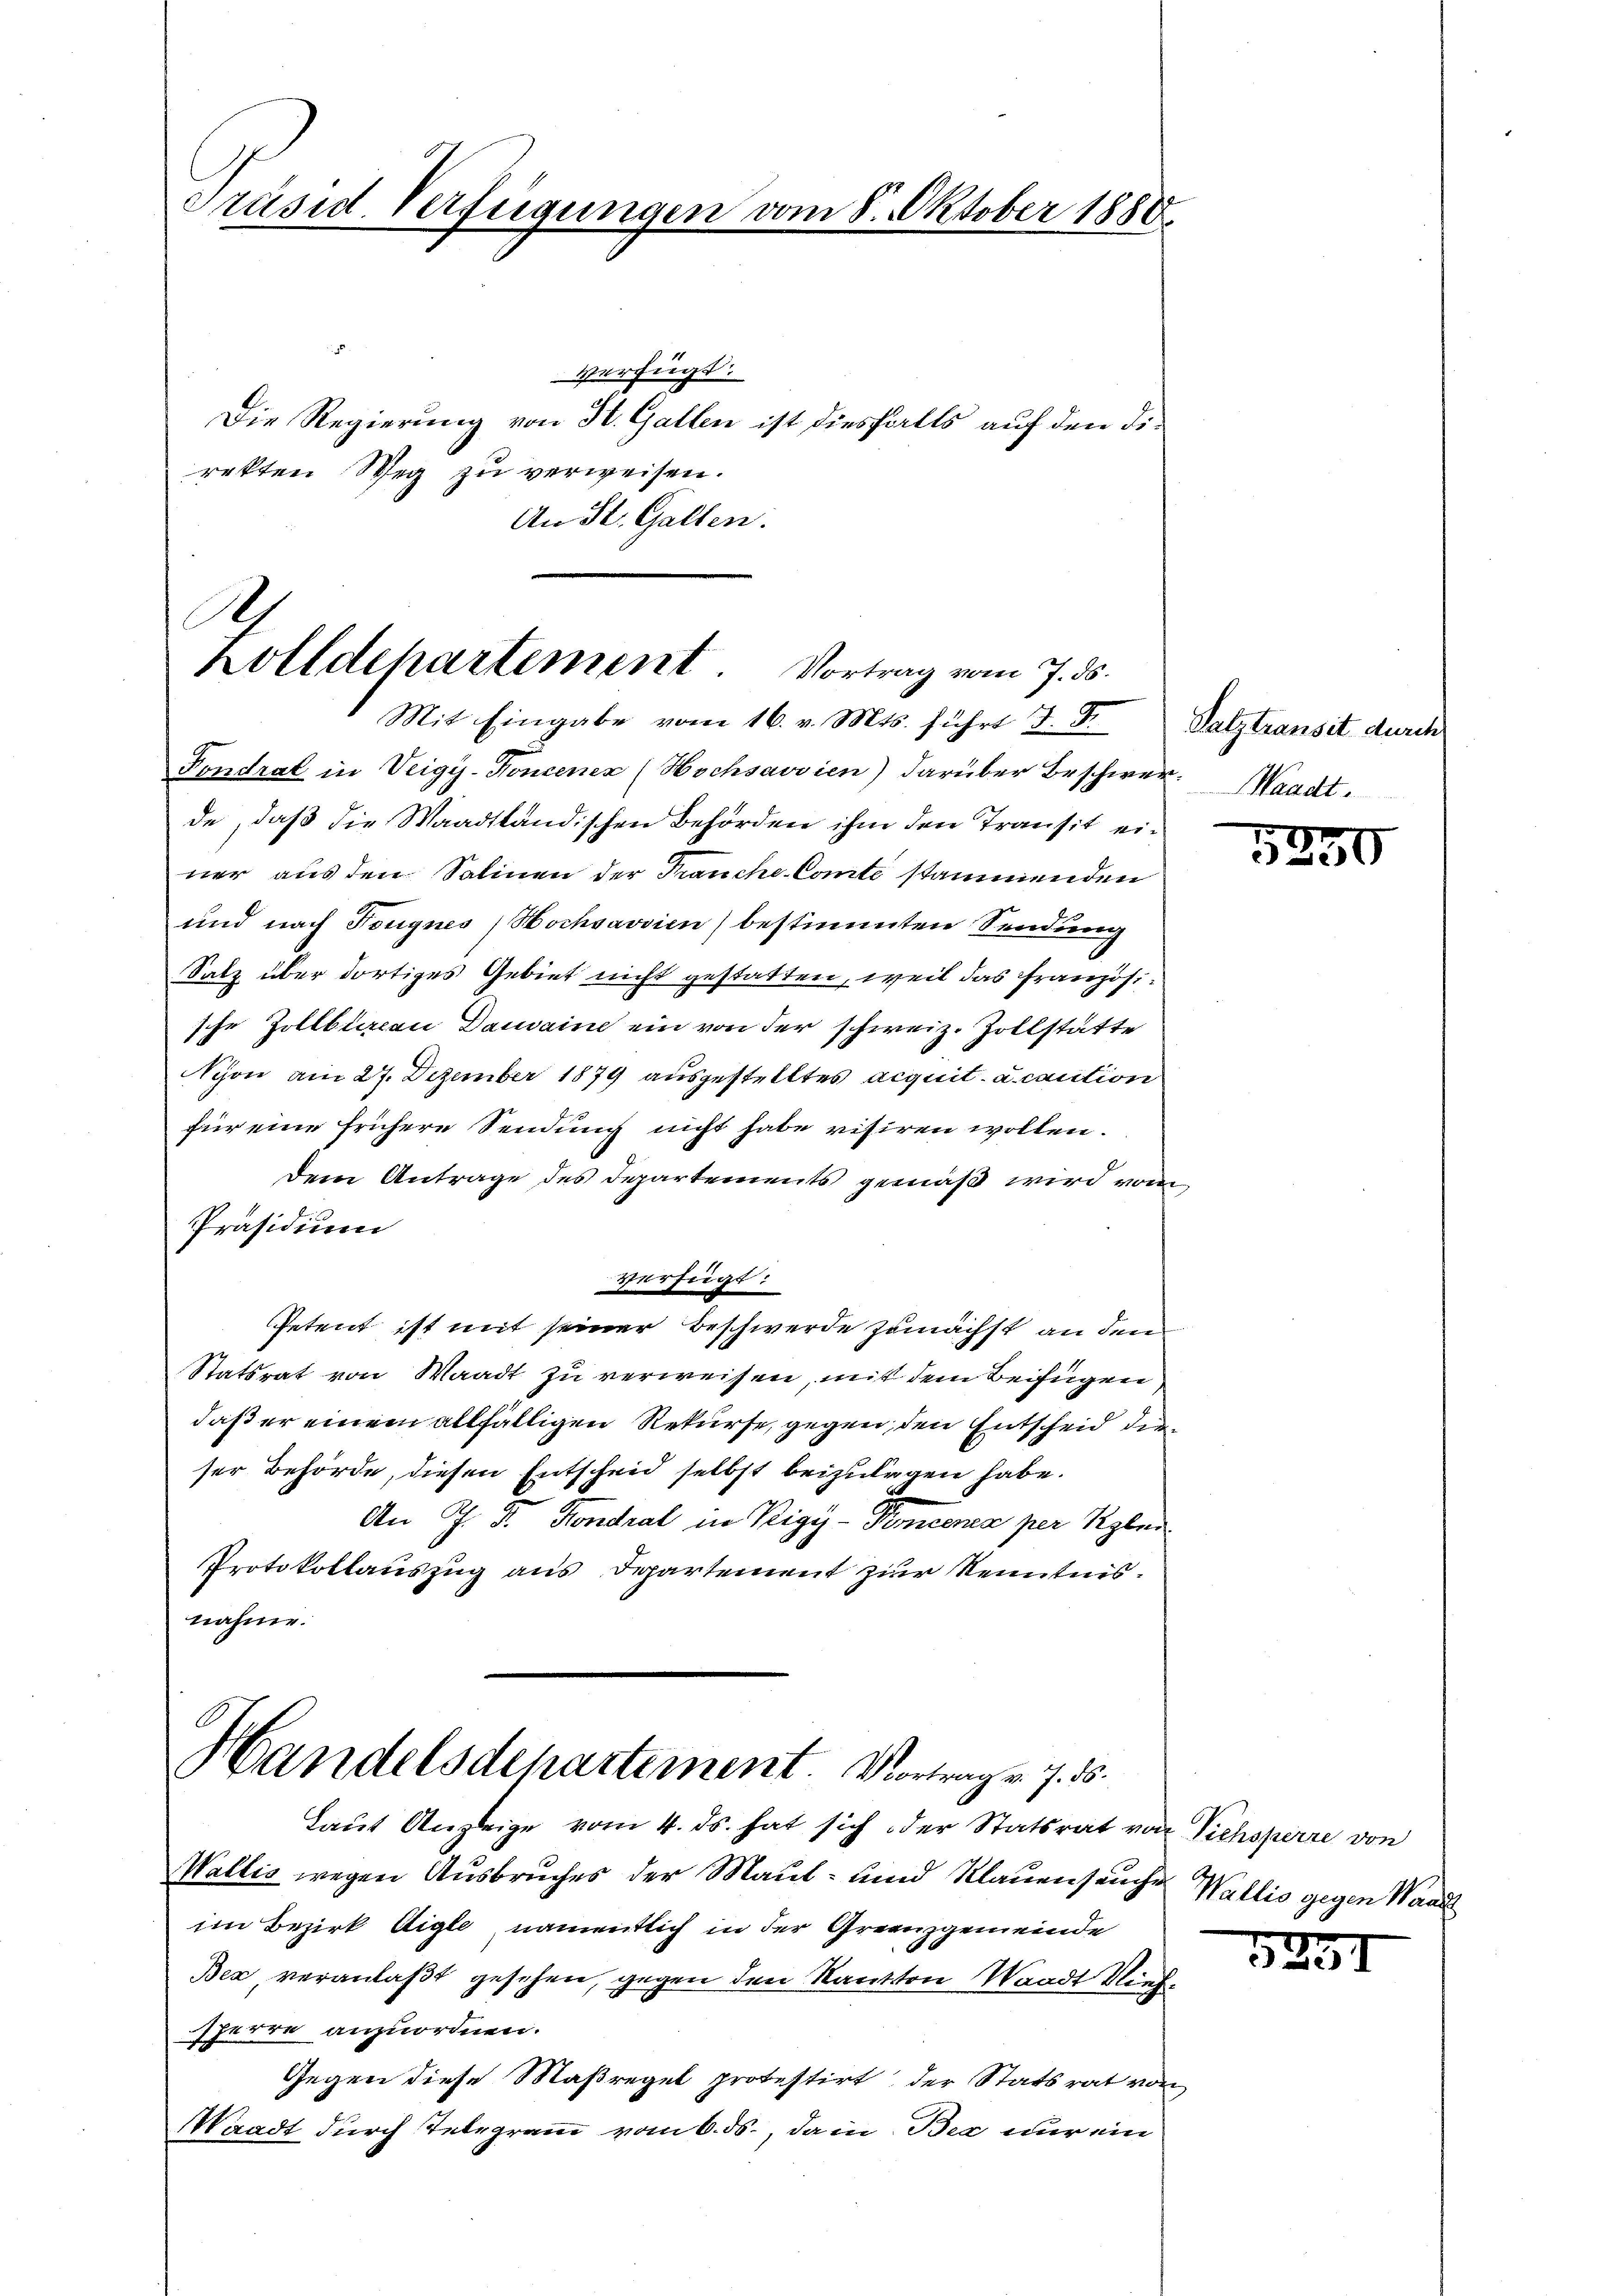
Präsid. Verfügungen vom 8. Oktober 1888.

Verfügt:
Die Regierung von H. Gallen ist diesfalls auf den direkten Weg zu verweisen.
An St. Gallen.

A
Zolldepartement. Vortrag vom 7. ds.
Mit Eingabe vom 16. v. Mts. führt J. F

Fondrat in Veigy-Koncenex (Hochsavvien) darüber Beschwer. Waadt.
de, daß die Waadtländischen Behörden ihm den Transit einer aus den Salinen der Frauche Comte stammenden
und nach Tongnes, Hochsavvien) bestimmten Sendung
Satz über dortiges Gebiet nicht gestatten, weil das Französische Zollbureau Dauvaine ein von der schweiz. Zollstätte
Nyon am 27. Dezember 1879 ausgestelltes acquit. a caution
für eine frühere Sendung nicht habe visiren wollen.
Dem Antrage des Departements gemäß wird vom
Präsidium
Verfügt:
Petent ist mit seiner Beschwerde zunächst an den
Statsrat von Waadt zu verweisen, mit dem Beifügen
daß er einem allfälligen Rekurse, gegen den Entscheid der
ser Behörde, diesen Entscheid selbst beizulegen habe.
An J. F. Fondrat in Rigi-Percerna per Rober
Protokollauszug aus Departement zur Kenntnis.
nahme.

Handelsdepartement Vortrag v. 7. ds.

Laut Anzeige vom 4. ds. hat sich der Statsrat von Viehsperre von
Wallis wegen Ausbruches der Maul- und Klauenseuche Wallis gegen Waad
im Bezirk Aigle, namentlich in der Grenzgemeinde
Bex, veranlaßt gesehen, gegen den Kanton Waadt Niesherre anzuordnen.
Gegen diese Maßregel protestirt, der Statsrat von
Waadt durch Telegramm vom 6. ds., da in Bra nur ein

Palztransit durch

5230

5231